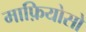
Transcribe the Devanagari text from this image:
माफ़ियोसो